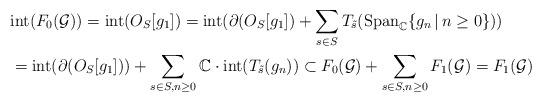
LaTeX: \begin{align*}& \mathrm{int}(F_0(\mathcal G))=\mathrm{int}(O_S[g_1])=\mathrm{int}(\partial(O_S[g_1])+\sum_{s\in S}T_{\tilde s}(\mathrm{Span}_{\mathbb C}\{g_n\,|\,n\geq0\}))\\ & =\mathrm{int}(\partial(O_S[g_1]))+\sum_{s\in S,n\geq0}\mathbb C\cdot \mathrm{int}(T_{\tilde s}(g_n))\subset F_0(\mathcal G)+\sum_{s\in S,n\geq0}F_1(\mathcal G)=F_1(\mathcal G)\end{align*}